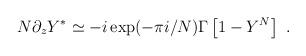
LaTeX: \begin{align*} N\partial_z Y^*\simeq-i\exp(-\pi i/N)\Gamma\left[1-Y^N\right]~.\end{align*}